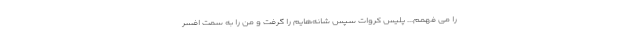
را می فهمم... پلیس کروات سپس شانه‌هایم را گرفت و من را به سمت افسر